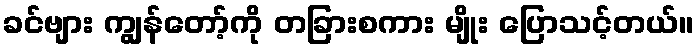
ခင်ဗျား ကျွန်တော့်ကို တခြားစကား မျိုး ပြောသင့်တယ်။